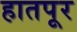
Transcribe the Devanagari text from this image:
हातपूर